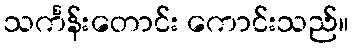
သင်္ကန်းတောင်း ကောင်းသည်။